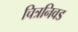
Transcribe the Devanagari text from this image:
चित्रनिवड